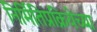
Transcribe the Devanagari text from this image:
निर्मितिप्रक्रियेच्या